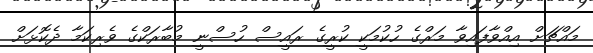
މައްޗަށް އިއްވާފައިވާ މަރްގެ ހުކުމަކީ ކުރީގެ ރައީސް ހުސްނީ މުބާރަކްގެ ވެރިކަމާ ދެކޮޅަށް